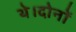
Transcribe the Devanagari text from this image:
थे।दोनों